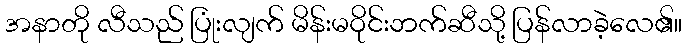
အနာတို လီသည် ပြုံးလျက် မိန်းမဝိုင်းဘက်ဆီသို့ ပြန်လာခဲ့လေ၏။